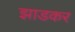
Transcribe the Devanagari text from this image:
झाडकर